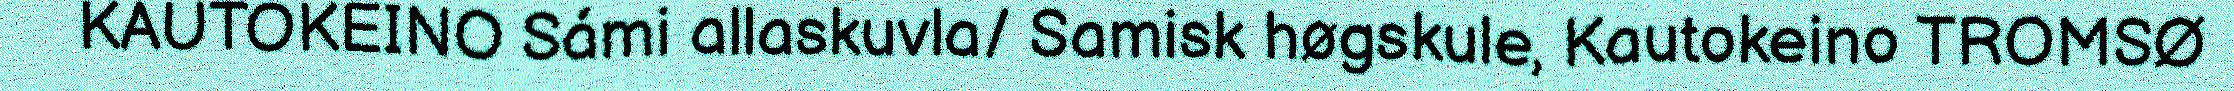
KAUTOKEINO Sámi allaskuvla/ Samisk høgskule, Kautokeino TROMSØ